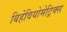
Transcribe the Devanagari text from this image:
बिहेवियोमेट्रिक्स